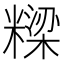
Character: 𮇹